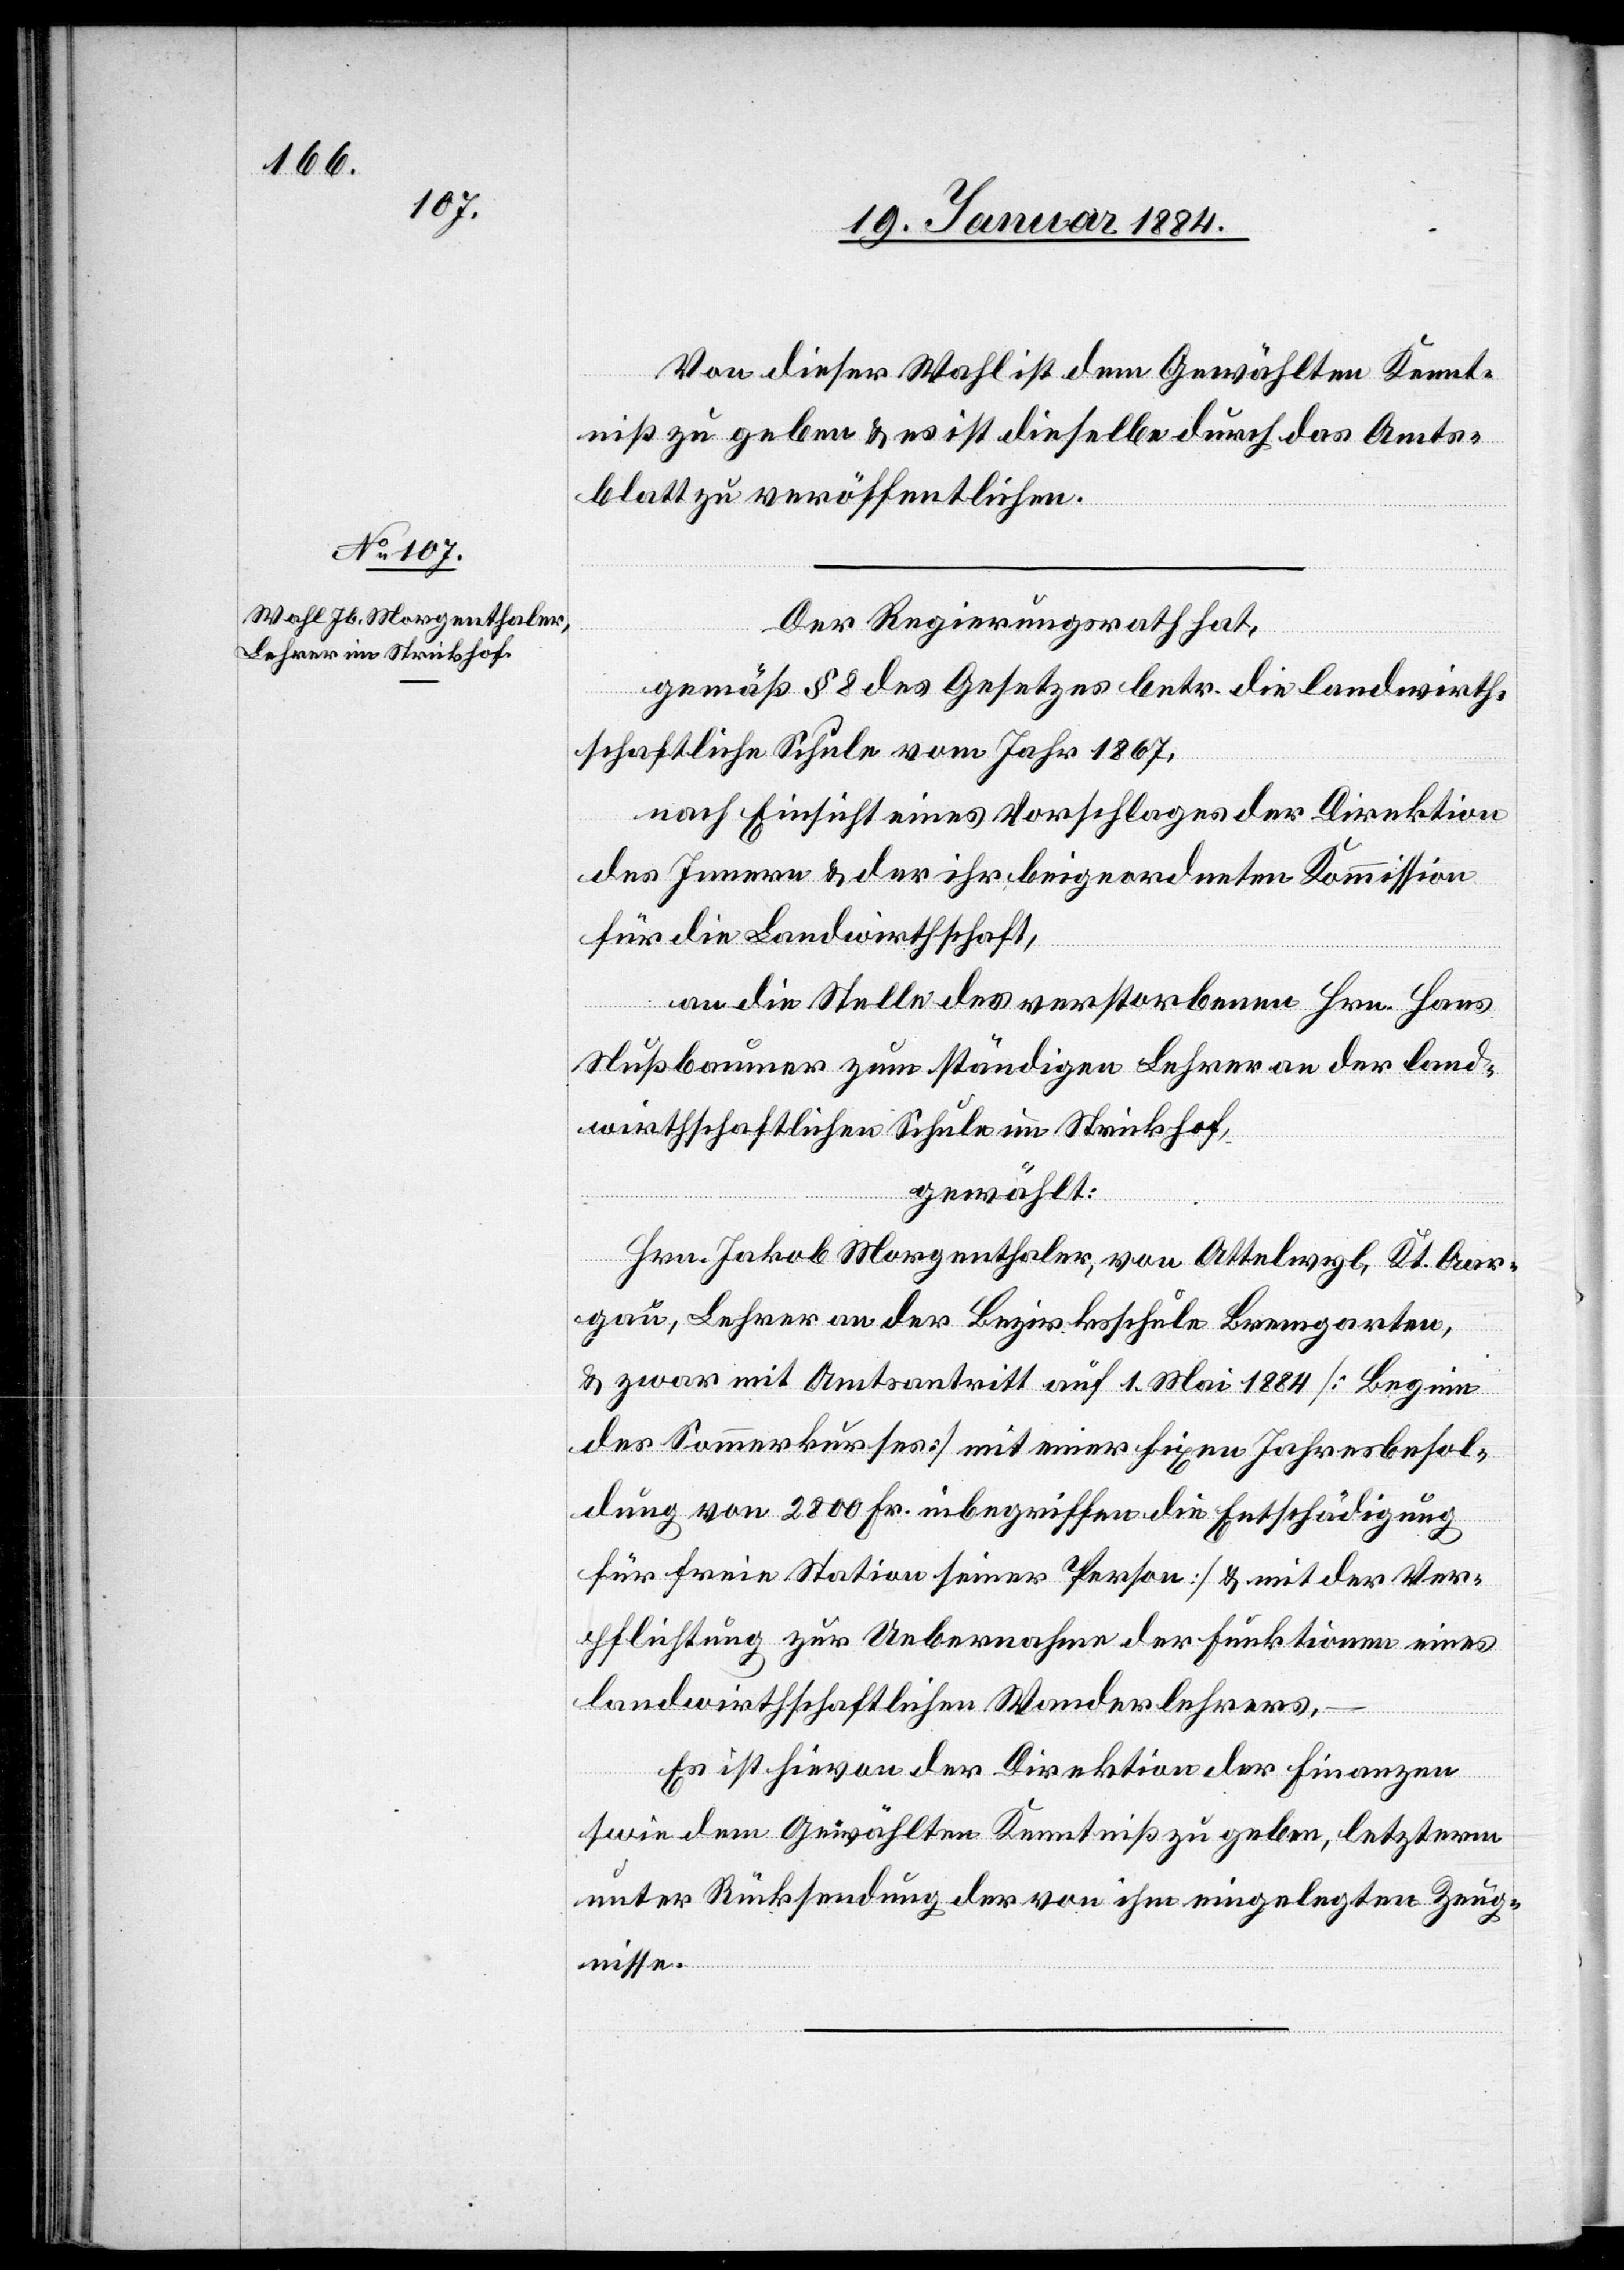
Von dieser Wahl ist dem Gewählten Kennt¬
niß zu geben & es ist dieselbe durch das Amts¬
blatt zu veröffentlichen.
Der Regierungsrath hat,
gemäß § 8 des Gesetzes betr. die landwirth¬
schaftliche Schule vom Jahr 1867,
nach Einsicht eines Vorschlages der Direktion
des Innern & der ihr beigeordneten Kommission
für die Landwirtschaft,
an die Stelle des verstorbenen Hrn. Hans
Nußbaumer zum ständigen Lehrer an der land¬
wirthschaftlichen Schule im Strickhof,
gewählt:
Hrn. Jakob Morgenthaler, von Ottenwyl, Kt. Aar¬
gau, Lehrer an der Bezirksschule Bremgarten,
& zwar mit Amtsantritt auf 1. Mai 1884 [Beginn
des Sommerkurses] mit einer fixen Jahresbesol¬
dung von 2800 Fr. [inbegriffen die Entschädigung
für freie Station seiner Person] & mit der Ver¬
pflichtung zur Uebernahme der Funktionen eines
landwirthschaftlichen Wanderlehrers.
Es ist hievon der Direktion der Finanzen
sowie dem gewählten Kenntniß zu geben, letzterem
unter Rücksendung der von ihm eingelegten Zeug¬
nisse.